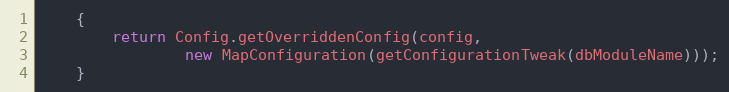
Language: Java
    {
        return Config.getOverriddenConfig(config,
                new MapConfiguration(getConfigurationTweak(dbModuleName)));
    }